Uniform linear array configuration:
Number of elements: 4
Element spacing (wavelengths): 0.75
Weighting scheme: exponential
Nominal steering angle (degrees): -60
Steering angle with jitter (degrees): -58.798
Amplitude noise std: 0.05
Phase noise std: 0.05

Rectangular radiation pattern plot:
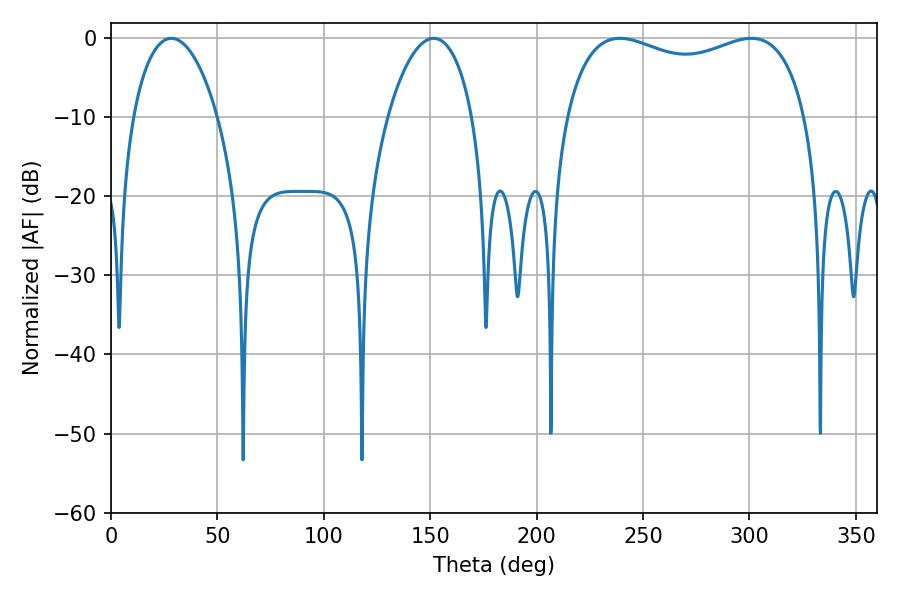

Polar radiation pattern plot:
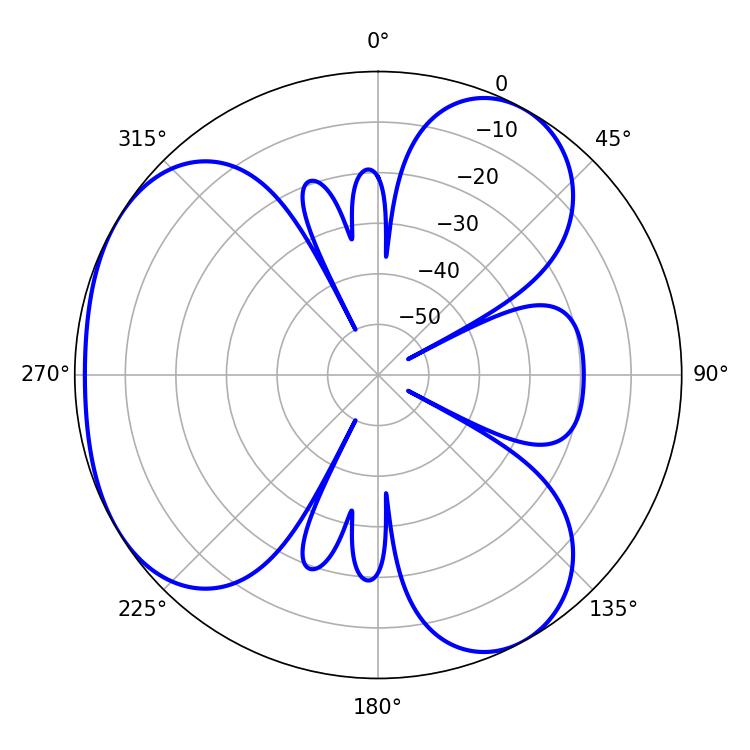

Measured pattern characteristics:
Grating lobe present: TRUE
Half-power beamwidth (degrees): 93.24
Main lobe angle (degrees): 239.04